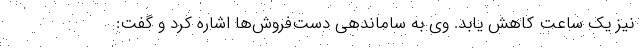
نیز یک ساعت کاهش یابد. وی به ساماندهی دست‌فروش‌ها اشاره کرد و گفت: